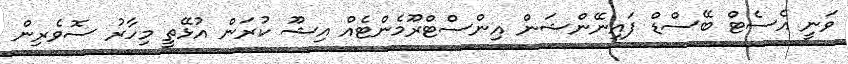
ވަނީ އެސެޓް ބޭސްޑް ފައިނޭންޝަން އިންސްޓްރޫމެންޓެއް އިޝޫ ކުރަން އުޅޭތީ މިހާރު ސޮވެރިން